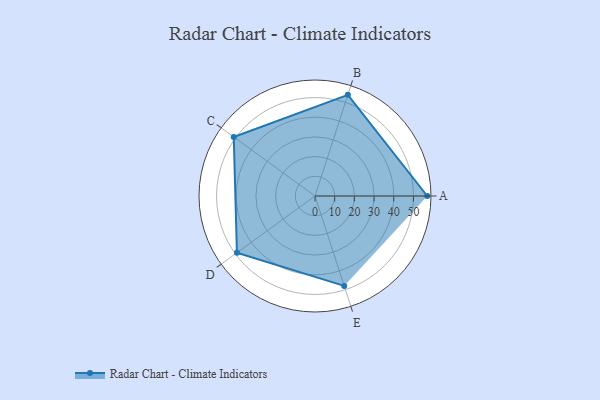
{"axis": {"x": "Skill", "y": "Score"}, "legend": ["Profile"], "data": [{"x": "A", "y": 57.0, "type": "Profile"}, {"x": "B", "y": 54.0, "type": "Profile"}, {"x": "C", "y": 51.0, "type": "Profile"}, {"x": "D", "y": 49.0, "type": "Profile"}, {"x": "E", "y": 48.0, "type": "Profile"}]}